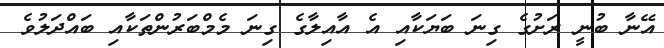
އޭނާ ބުނީ ރަށުގެ ގިނަ ބަޔަކާއި އެ އާއިލާގެ ގިނަ މެމްބަރުންތަކާއި ބައްދަލުވެ